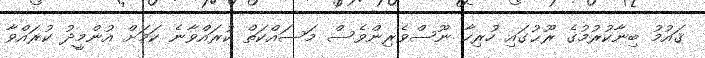
ޤައުމު ބިނާކުރުމުގެ ރޫޙުގައި ހުރިހާ ނޫސްވެރިންވެސް މަސައްކަތް ކުރައްވާނެ ކަމަށް އުންމީދު ކުރައްވާ